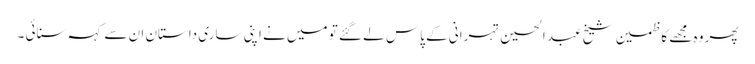
پھر وہ مجھے کاظمین شیخ عبد الحسین تہرانی کے پاس لے گئے تو میں نے اپنی ساری داستان ان سے کہہ سنائی ۔